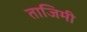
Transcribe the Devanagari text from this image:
ताजिमी